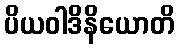
ပိယဝါဒိနိယောတိ